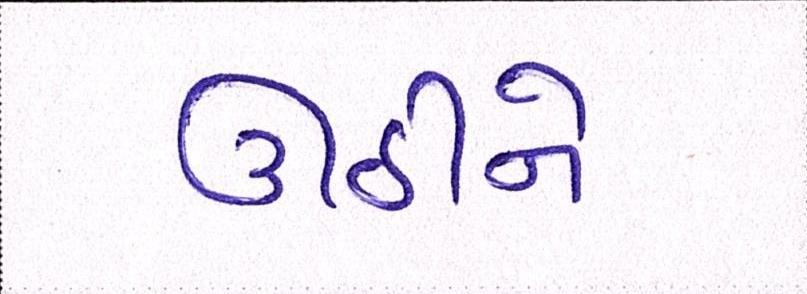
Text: ઊઠીને